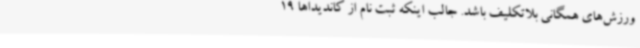
ورزش‌های همگانی بلاتکلیف باشد. جالب اینکه ثبت نام از کاندیداها 19